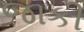
જાકી